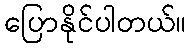
ပြောနိုင်ပါတယ်။